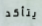
يتأكد